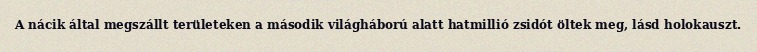
A nácik által megszállt területeken a második világháború alatt hatmillió zsidót öltek meg, lásd holokauszt.